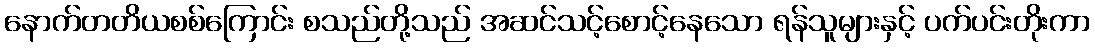
နောက်တတိယစစ်ကြောင်း စသည်တို့သည် အဆင်သင့်စောင့်နေသော ရန်သူများနှင့် ပက်ပင်းတိုးကာ